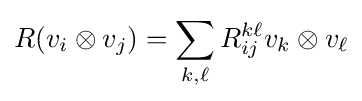
R(v_{i}\otimes v_{j})=\sum _{k,\ell }R_{ij}^{k\ell }v_{k}\otimes v_{\ell }